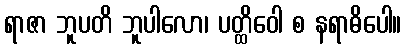
ရာဇာ ဘူပတိ ဘူပါလော၊ ပတ္ထိဝေါ စ နရာဓိပေါ။